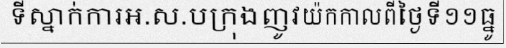
ទីស្នាក់ការអ.ស.បក្រុងញូវយ៉កកាលពីថ្ងៃទី១១ធ្នូ